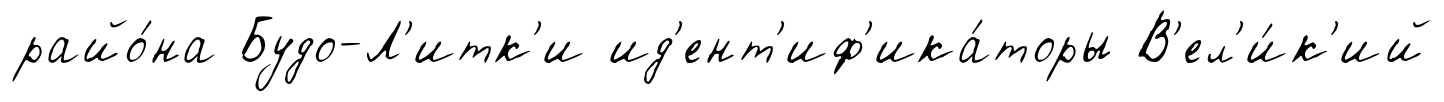
райо́на Будо-Л'итк'и ид'ент'иф'ика́торы В'ел'и́к'ий